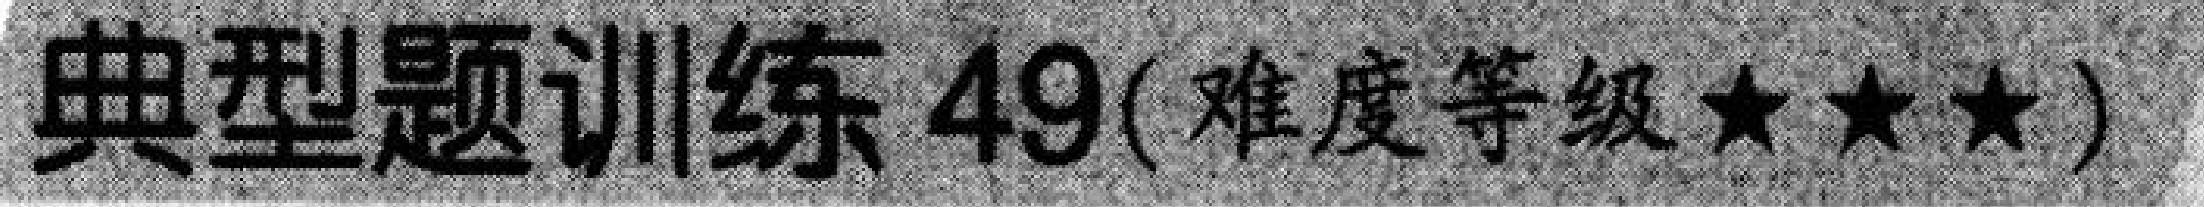
典型题训练 \(49\)(难度等级\(★★★\))